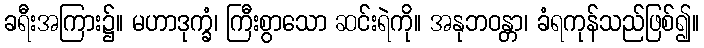
ခရီးအကြား၌။ မဟာဒုက္ခံ၊ ကြီးစွာသော ဆင်းရဲကို။ အနုဘဝန္တာ၊ ခံရကုန်သည်ဖြစ်၍။